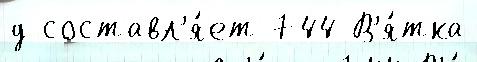
д составл'я́ет 744 В'я́тка